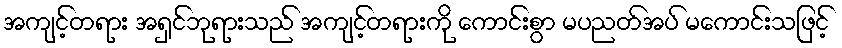
အကျင့်တရား အရှင်ဘုရားသည် အကျင့်တရားကို ကောင်းစွာ မပညတ်အပ် မကောင်းသဖြင့်